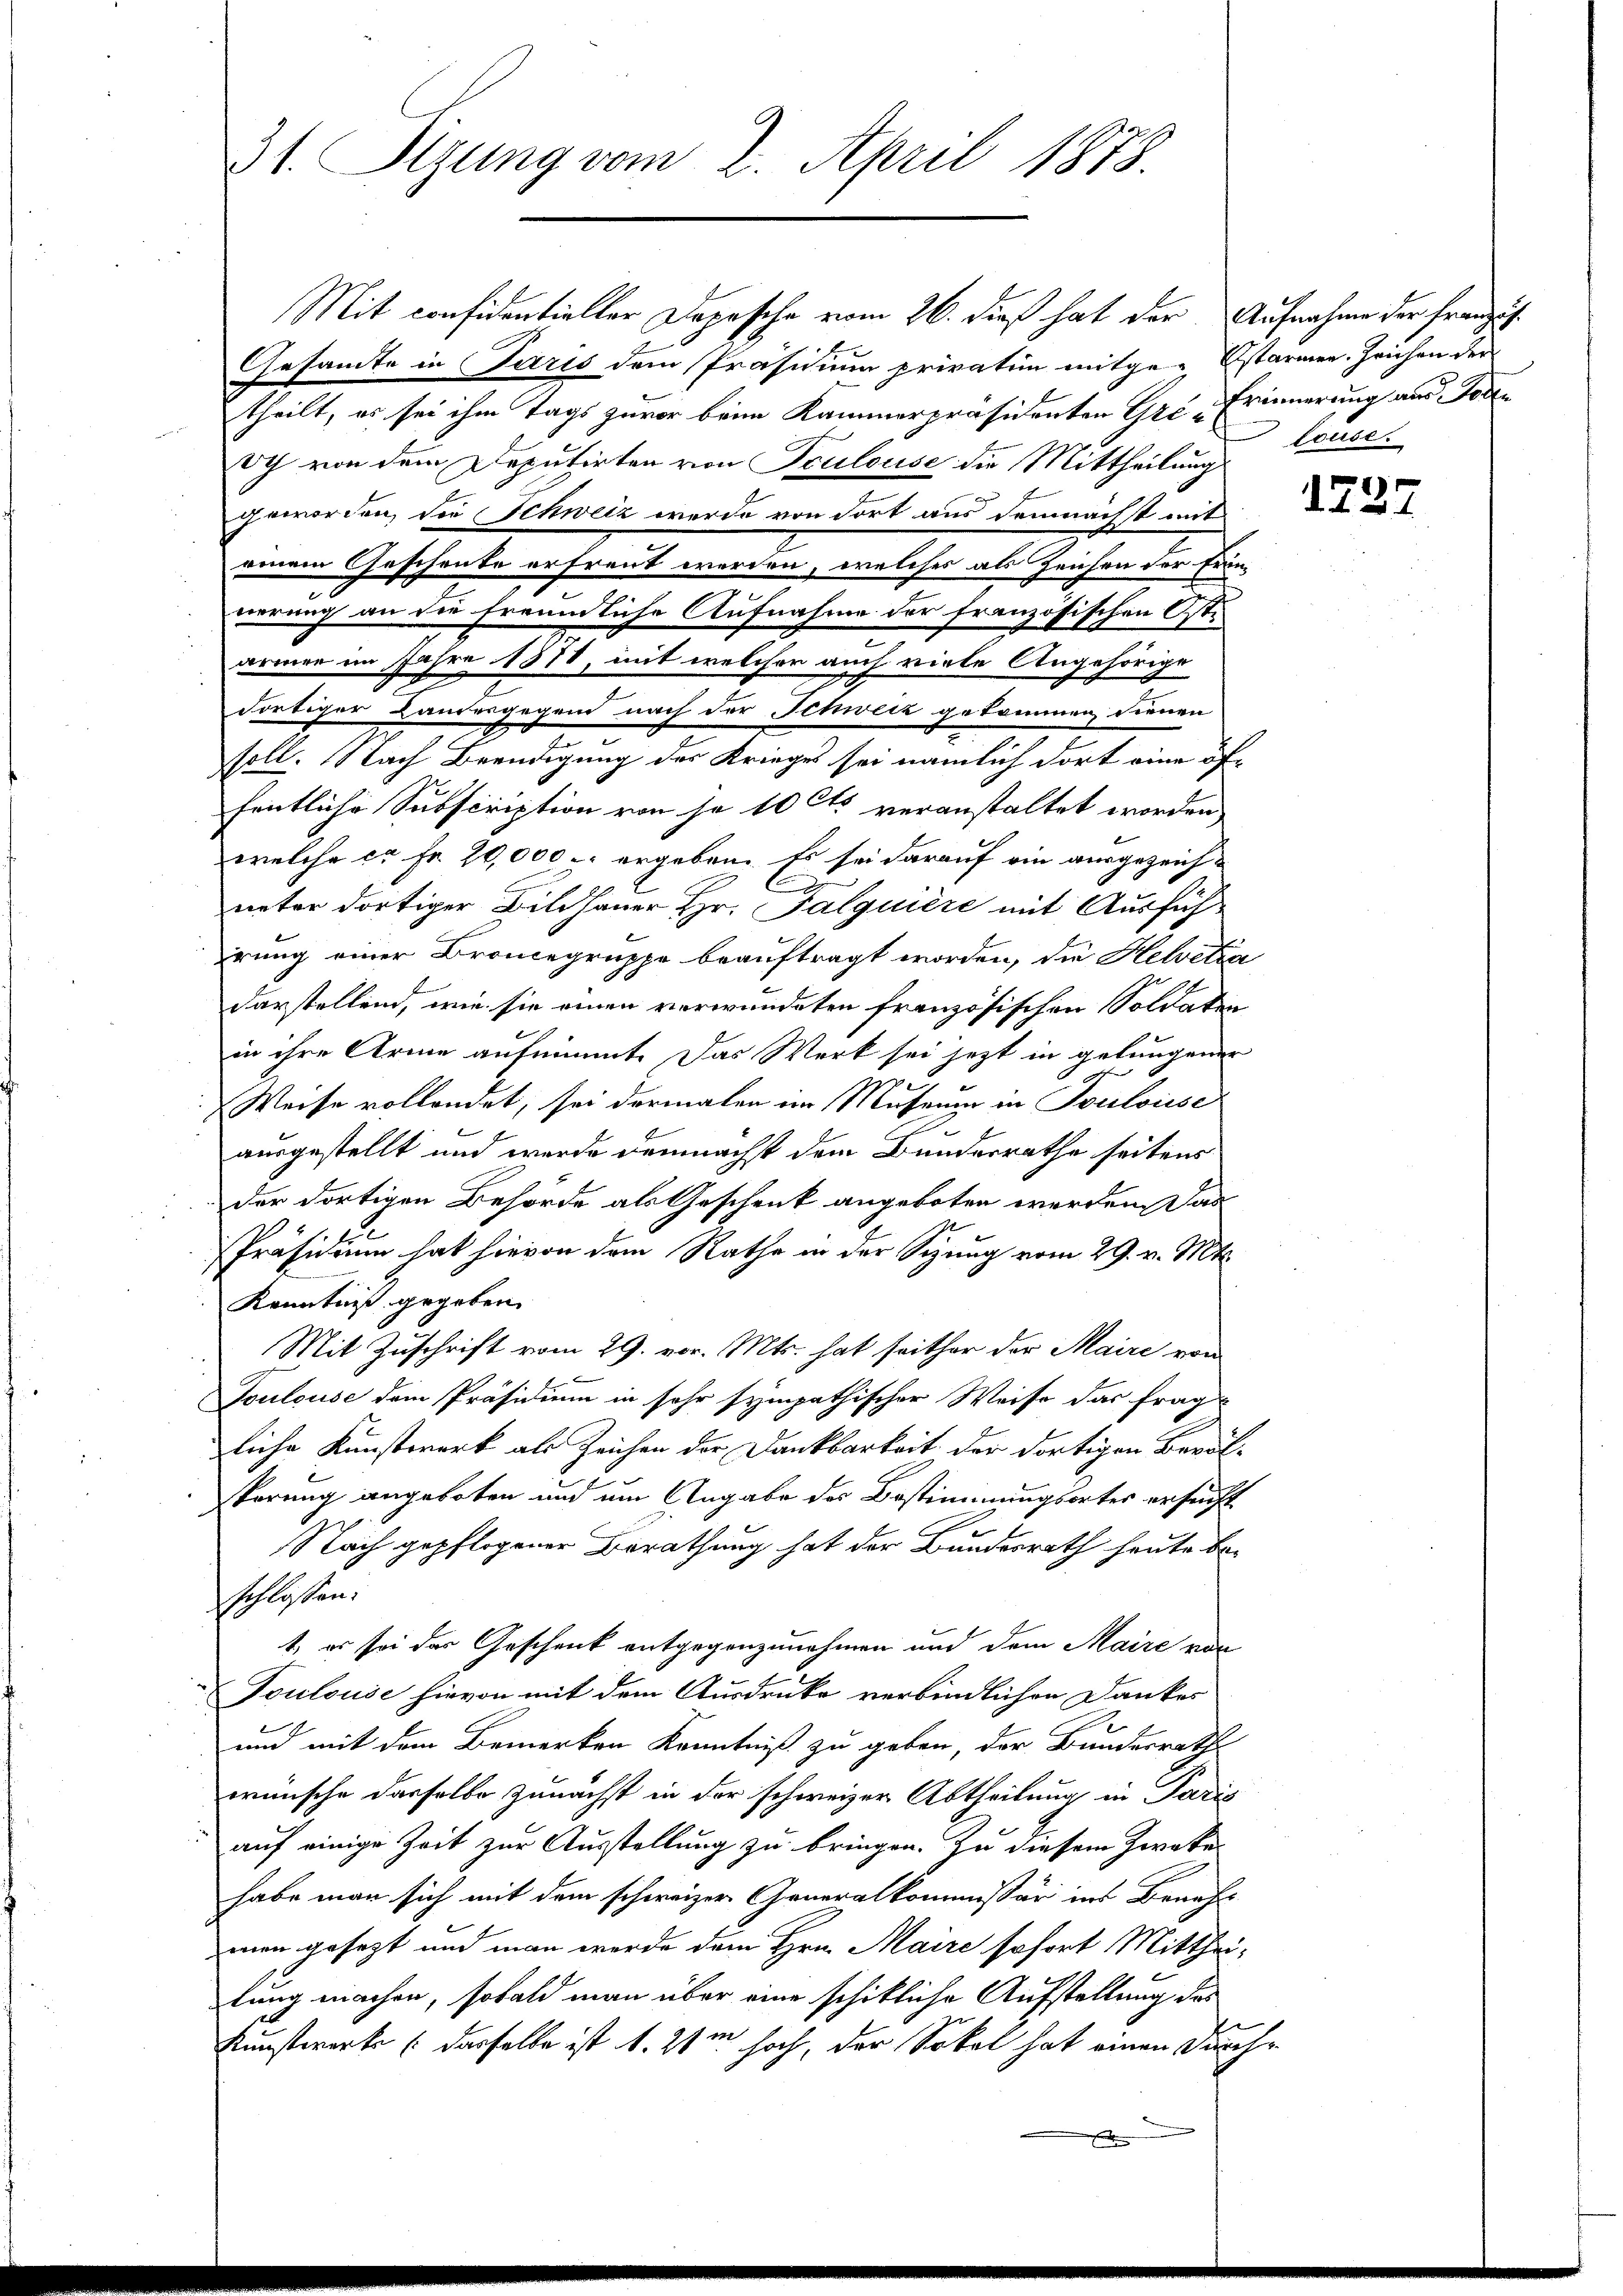
31 Sizung vom 2. April 1878.

Gesandte in Paris dem Präsidium privation mitge-Estarmen. Zeichen der
theilt, es sei ihm Tags zuvor beim Kammerpräsidenten Gre-Erinnerung aus Tode
e
Ich von dem Deputirten von Sculouse die Mittheilung
geworden, die Schweiz werde von dort aus demnächst mit
einem Geschenke erfreut werden, welches als Zeichen der Frön-
werung an die freundliche Aufnahme der französischen Osti
armen im Jahre 1818, mit welcher auch viele Angehörige
dortiger Landesgegend nach der Schweiz gekommen, dienen
soll. Nach Beendigung des Krieges sei nämlich dort eine öffentliche Subscription von so 10 Cts veranstaltet worden,
welche ca Fr. 20,000. ergeben. Es sei darauf ein ausgezeich-
neter dortiger Bildhauer Hr. Palquière mit Ausführung einer Broncegruppe beauftragt worden, die Helvetia
darstellend, wie sie einen verwundeten französischen Soldaten
in ihre Arme aufnimmt. Das Werk sei jetzt in gelungener
Weise vollendet, sei dermalen im Museum in Touloisse
f
ausgestellt und werde demnächst dem Bunderrathe seitens
der dortigen Behörde als Geschenk angeboten werden, das
Präsidium hat hievon dem Rathe in der Sizung vom 29. v. Mts.
Kenntniß gegeben
Mit Zuschrift vom 29. vor. Mts. hat seither der Maire von
Toulouse dem Präsidium in sehr sympathischer Weise das frag
zliche Kunstwerk als Zeichen der Dankbarkeit der dortigen Bevölpörung angeboten und um Angabe des Bestimmungsortes ersucht
Nach gepflogener Berathung hat der Bundesrath heute be-
schlossen:
t, es sei das Geschenk entgegenzunehmen und dem Maire von
Toulouse hievon mit dem Ausdrucke verbindlichen Dankes
und mit dem Bemerken Kenntniß zu geben, der Bundesrath
wünsche dasselbe zunächst in der schweizer Abtheilung in Paris
auf einige Zeit zur Ausstellung zu bringen. Zu diesem Zweke
habe man sich mit dem schweizer Generalkommissär ins Benachs
man gesetzt und man werde dem Hrn. Maire sofort Mittheilung machen, sobald man über eine schikliche Aufstellung des
Kunstwerke (dasselbe ist d. 21m hoch, der Sokal hat einen Durch¬

Mit confidentieller Dopische vom 26. dieß hat der Aufnahme der franzis¬

louse.

1227